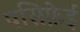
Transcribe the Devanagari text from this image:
पसिफ़ेई